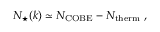
N _ { \star } ( k ) \simeq N _ { \mathrm { C O B E } } - N _ { \mathrm { t h e r m } } \ ,